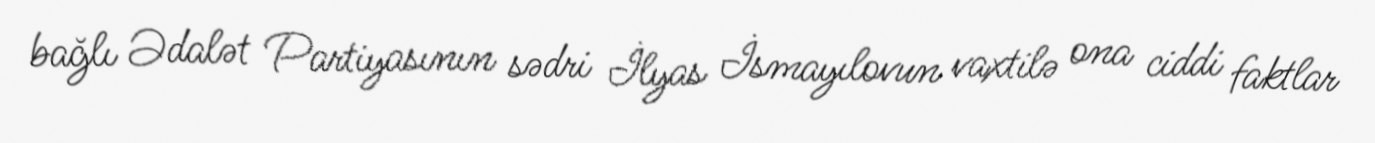
bağlı Ədalət Partiyasının sədri İlyas İsmayılovun vaxtilə ona ciddi faktlar